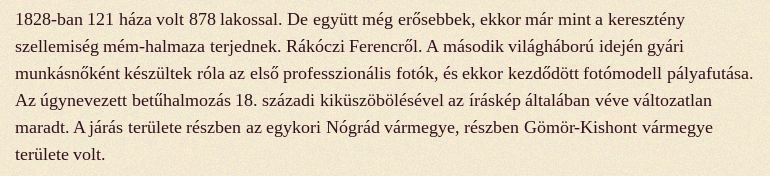
1828-ban 121 háza volt 878 lakossal. De együtt még erősebbek, ekkor már mint a keresztény szellemiség mém-halmaza terjednek. Rákóczi Ferencről. A második világháború idején gyári munkásnőként készültek róla az első professzionális fotók, és ekkor kezdődött fotómodell pályafutása. Az úgynevezett betűhalmozás 18. századi kiküszöbölésével az íráskép általában véve változatlan maradt. A járás területe részben az egykori Nógrád vármegye, részben Gömör-Kishont vármegye területe volt.